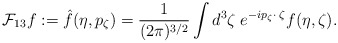
\begin{align*} \mathcal{F}_{13} f := \hat f(\eta, p_\zeta) = \frac 1{(2 \pi )^{3/2}} \int d^3\zeta \; e^{-ip_\zeta \cdot \; \zeta} f(\eta, \zeta) .\end{align*}